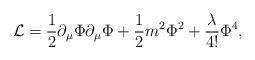
LaTeX: \begin{align*}{\cal L}=\frac{1}{2} \partial_{\mu}\Phi \partial_{\mu} \Phi + \frac{1}{2}m^2 \Phi^2 + \frac{\lambda}{4!} \Phi^4, \end{align*}